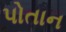
પોતાન